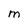
Character: M